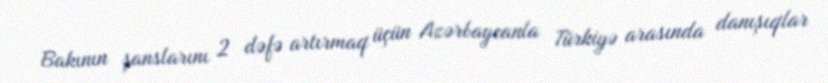
Bakının şanslarını 2 dəfə artırmaq üçün Azərbaycanla Türkiyə arasında danışıqlar